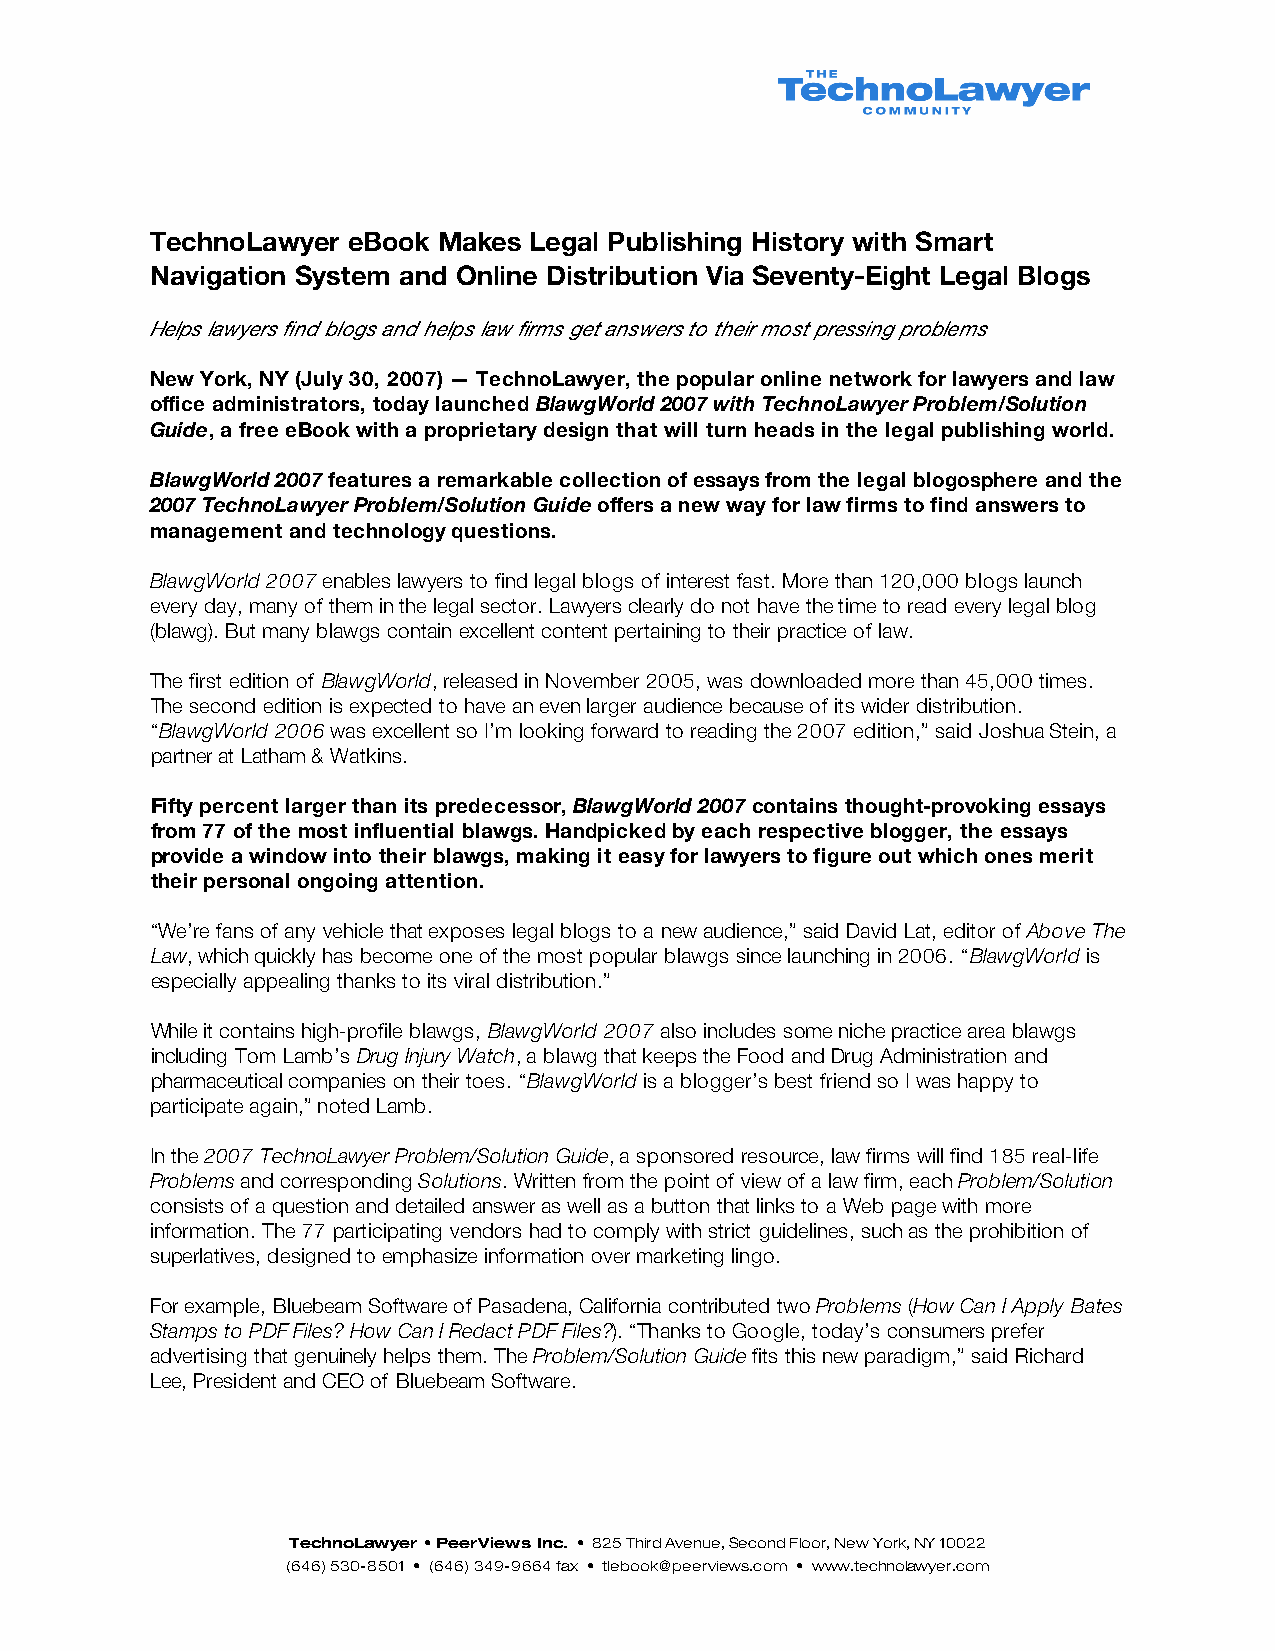
TechnoLawyer eBook Makes Legal Publishing History with Smart
 Navigation System and Online Distribution Via Seventy-Eight Legal Blogs
 Helps lawyers find blogs and helps law firms get answers to their most pressing problems
 New York, NY (July 30, 2007) — TechnoLawyer, the popular online network for lawyers and law
 office administrators, today launched BlawgWorld 2007 with TechnoLawyer Problem/Solution
 Guide, a free eBook with a proprietary design that will turn heads in the legal publishing world.
 BlawgWorld 2007 features a remarkable collection of essays from the legal blogosphere and the
 2007 TechnoLawyer Problem/Solution Guide offers a new way for law firms to find answers to
 management and technology questions.
 BlawgWorld 2007 enables lawyers to find legal blogs of interest fast. More than 120,000 blogs launch
 every day, many of them in the legal sector. Lawyers clearly do not have the time to read every legal blog
 (blawg). But many blawgs contain excellent content pertaining to their practice of law.
 The first edition of BlawgWorld, released in November 2005, was downloaded more than 45,000 times.
 The second edition is expected to have an even larger audience because of its wider distribution.
 “BlawgWorld 2006 was excellent so I’m looking forward to reading the 2007 edition,” said Joshua Stein, a
 partner at Latham & Watkins.
 Fifty percent larger than its predecessor, BlawgWorld 2007 contains thought-provoking essays
 from 77 of the most influential blawgs. Handpicked by each respective blogger, the essays
 provide a window into their blawgs, making it easy for lawyers to figure out which ones merit
 their personal ongoing attention.
 “We’re fans of any vehicle that exposes legal blogs to a new audience,” said David Lat, editor of Above The
 Law, which quickly has become one of the most popular blawgs since launching in 2006. “BlawgWorld is
 especially appealing thanks to its viral distribution.”
 While it contains high-profile blawgs, BlawgWorld 2007 also includes some niche practice area blawgs
 including Tom Lamb’s Drug Injury Watch, a blawg that keeps the Food and Drug Administration and
 pharmaceutical companies on their toes. “BlawgWorld is a blogger’s best friend so I was happy to
 participate again,” noted Lamb.
 In the 2007 TechnoLawyer Problem/Solution Guide, a sponsored resource, law firms will find 185 real-life
 Problems and corresponding Solutions. Written from the point of view of a law firm, each Problem/Solution
 consists of a question and detailed answer as well as a button that links to a Web page with more
 information. The 77 participating vendors had to comply with strict guidelines, such as the prohibition of
 superlatives, designed to emphasize information over marketing lingo.
 For example, Bluebeam Software of Pasadena, California contributed two Problems (How Can I Apply Bates
 Stamps to PDF Files? How Can I Redact PDF Files?). “Thanks to Google, today’s consumers prefer
 advertising that genuinely helps them. The Problem/Solution Guide fits this new paradigm,” said Richard
 Lee, President and CEO of Bluebeam Software.
 TechnoLawyer • PeerViews Inc. • 825 Third Avenue, Second Floor, New York, NY 10022
 (646) 530-8501 • (646) 349-9664 fax • tlebook@peerviews.com • www.technolawyer.com